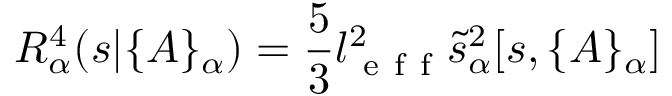
{ \cal R } _ { \alpha } ^ { 4 } ( s | \{ A \} _ { \alpha } ) = \frac 5 3 l _ { \mathrm { ~ e ~ f ~ f ~ } } ^ { 2 } \tilde { s } _ { \alpha } ^ { 2 } [ s , \{ A \} _ { \alpha } ]